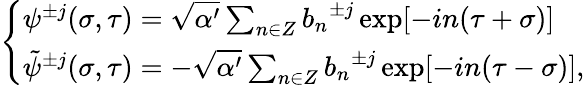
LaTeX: \left\{ \begin{array}{l}{{{\psi}^{\pm j}(\sigma,\tau)=\sqrt{\alpha^{\prime}}\sum_{n\in Z}{b_{n}}^{\pm j}\exp[-in(\tau+\sigma)]}}\\ {{{\tilde{\psi}}^{\pm j}(\sigma,\tau)=-\sqrt{\alpha^{\prime}}\sum_{n\in Z}{b_{n}}^{\pm j}\exp[-in(\tau-\sigma)],}}\end{array}\right.